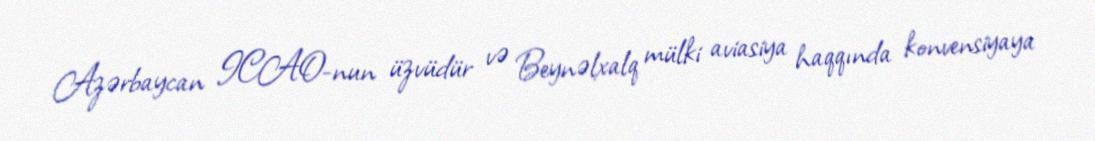
Azərbaycan ICAO-nun üzvüdür və Beynəlxalq mülki aviasiya haqqında konvensiyaya